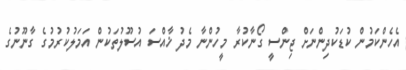
އެހެންކަމުން ކުޑަކުދިންނަށް ޖިންސީ ގޯނާކުރާ މީހުންނާ މެދު ޚާއްސަ އުސޫލުތަކުން އަމަލުކުރުމުގެ ގާނޫނުގެ